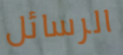
الرسائل